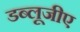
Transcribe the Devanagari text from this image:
डब्लूजीए